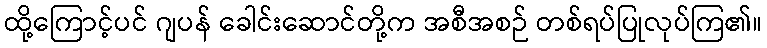
ထို့ကြောင့်ပင် ဂျပန် ခေါင်းဆောင်တို့က အစီအစဉ် တစ်ရပ်ပြုလုပ်ကြ၏။